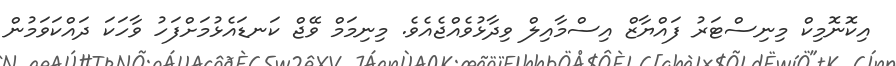
އިކޮނޮމިކް މިނިސްޓަރު ފައްޔާޒް އިސްމާއިލް ވިދާޅުވެއްޖެއެވެ. މިނިމަމް ވޭޖް ކަނޑައެޅުމަށްފަހު ވާހަކަ ދައްކަވަމުން